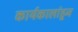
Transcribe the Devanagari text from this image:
कार्यकालांहून